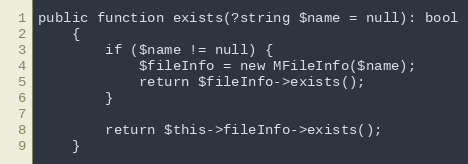
Language: PHP
public function exists(?string $name = null): bool
    {
        if ($name != null) {
            $fileInfo = new MFileInfo($name);
            return $fileInfo->exists();
        }

        return $this->fileInfo->exists();
    }